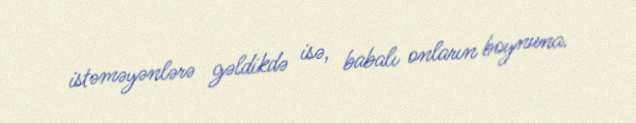
istəməyənlərə gəldikdə isə, babalı onların boynuna.